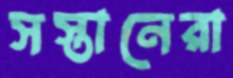
সস্তানেরা